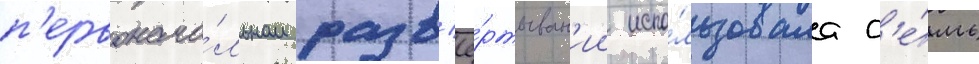
п'ервонача́льном разв'ё́ртыван'ии испо́льзовала с'е́мь